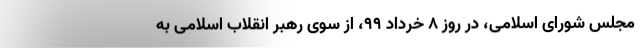
مجلس شورای اسلامی، در روز ۸ خرداد ۹۹، از سوی رهبر انقلاب اسلامی به